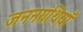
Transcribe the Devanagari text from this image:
जननग्रंथियाँ